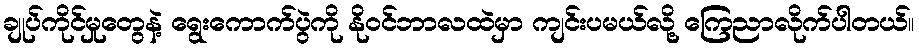
ချုပ်ကိုင်မှုတွေနဲ့ ရွေးကောက်ပွဲကို နိုဝင်ဘာလထဲမှာ ကျင်းပမယ်လို့ ကြေညာလိုက်ပါတယ်။